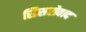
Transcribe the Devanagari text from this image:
सिसरोवाद